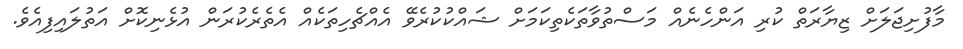
މާފުށިޖަލަށް ޒިޔާރަތް ކުރި އަންހެނެއް މަސްތުވާތަކެތިކަމަށް ޝައްކުކުރެވޭ އެއްޗެހިތަކެއް އެތެރެކުރަން އުޅެނިކޮށް އަތުލައިފިއެވެ.